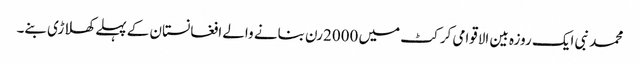
محمد نبی ایک روزہ بین الاقوامی کرکٹ میں 2000رن بنانے والے افغانستان کے پہلے کھلاڑی بنے۔